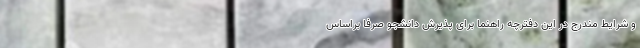
و شرایط مندرج در این دفترچه راهنما برای پذیرش دانشجو صرفاً براساس